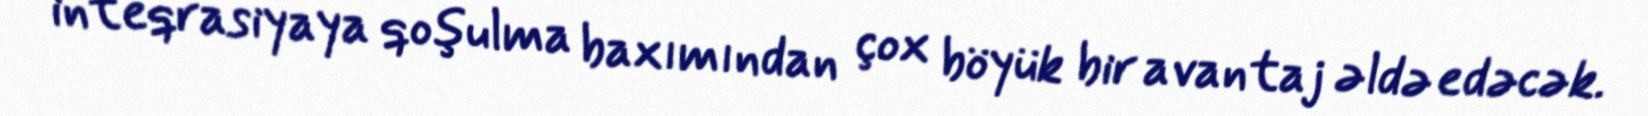
inteqrasiyaya qoşulma baxımından çox böyük bir avantaj əldə edəcək.